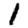
Digit: 1